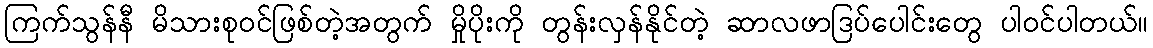
ကြက်သွန်နီ မိသားစုဝင်ဖြစ်တဲ့အတွက် မှိုပိုးကို တွန်းလှန်နိုင်တဲ့ ဆာလဖာဒြပ်ပေါင်းတွေ ပါဝင်ပါတယ်။